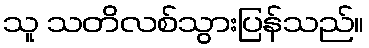
သူ သတိလစ်သွားပြန်သည်။